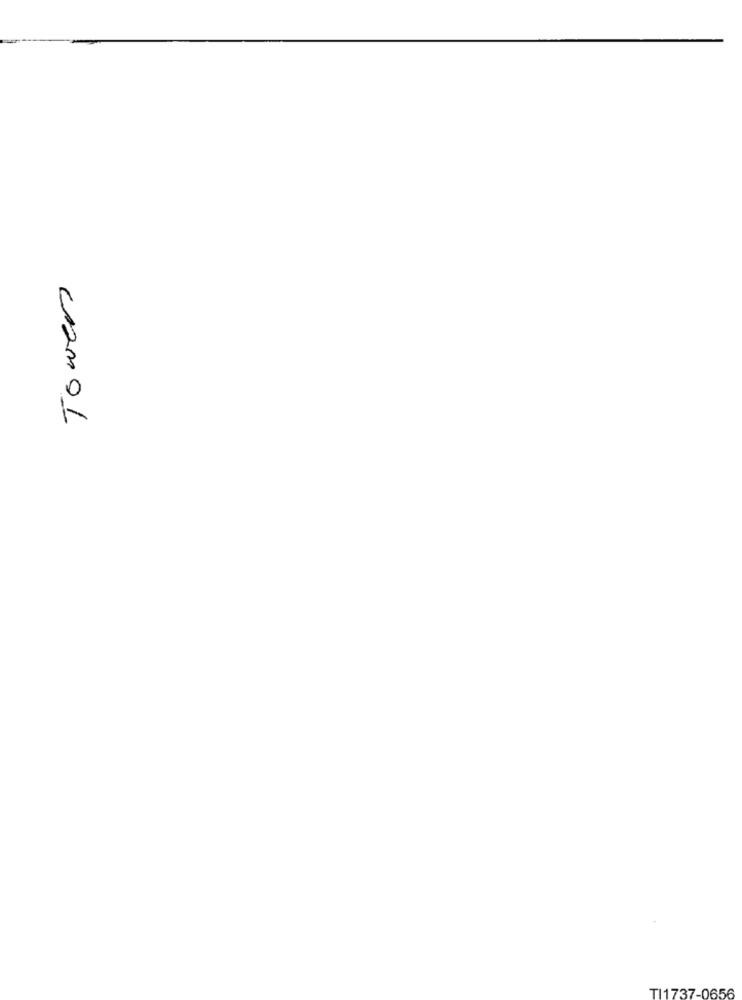
cramol
TI1737-0656